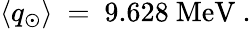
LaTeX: \langle q_{\odot}\rangle\ =\ 9.628~\mathrm{MeV}~.